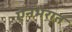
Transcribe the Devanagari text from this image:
ऐनभरात